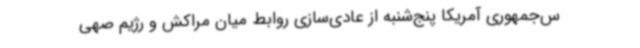
س‌جمهوری آمریکا پنج‌شنبه از عادی‌سازی روابط میان مراکش و رژیم صهی